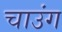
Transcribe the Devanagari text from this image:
चाउंग